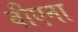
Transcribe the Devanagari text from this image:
वीएना